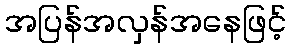
အပြန်အလှန်အနေဖြင့်